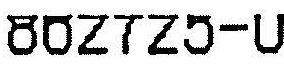
862725-U